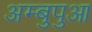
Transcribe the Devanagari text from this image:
अम्बुपुआ